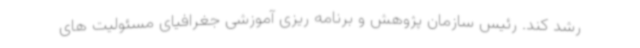
رشد کند. رئیس سازمان پژوهش و برنامه ریزی آموزشی جغرافیای مسئولیت های